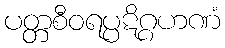
ပတ္တစီဝရပ္ပဋိဂ္ဂဟဏံ